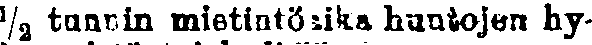
½2 tunnin mietintöaika huutojen hy-